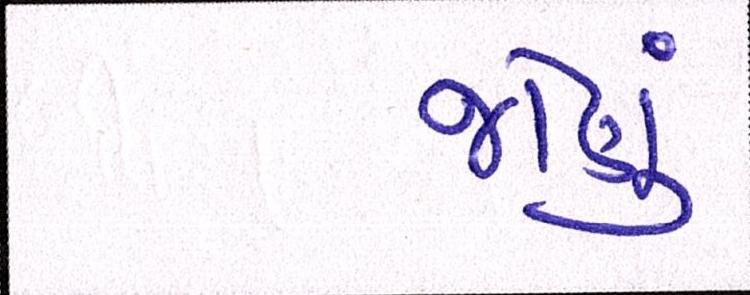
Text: જોણું